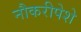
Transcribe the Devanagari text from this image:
नौकरीपेशे